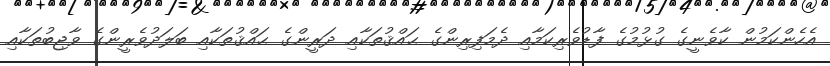
އެހެންކަމުން ކާވެނީގެ ގުޅުމުގެ ފާޑުވެރިކަމާއި ދެމަފިރިންގެ ޙައްޤުތަކާއި ދަރީންގެ ޙައްޤުތަކާއި ބަލަދުވެރީންގެ ވާޖިބުތަކާއި